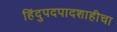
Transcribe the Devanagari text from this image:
हिंदुपदपादशाहीचा